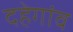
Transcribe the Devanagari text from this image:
दहेगांव